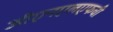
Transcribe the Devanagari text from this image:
जीएनएलएफची